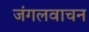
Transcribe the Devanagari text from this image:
जंगलवाचन